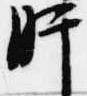
肝